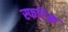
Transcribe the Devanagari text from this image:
स्फटिक़